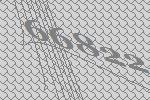
66822